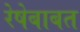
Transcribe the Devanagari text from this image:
रेषेबाबत